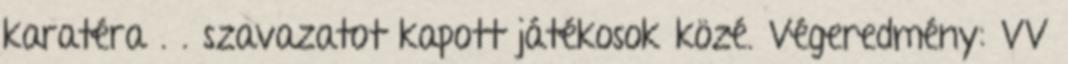
karatéra . . szavazatot kapott játékosok közé. Végeredmény: VV